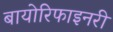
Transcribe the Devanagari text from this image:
बायोरिफाइनरी